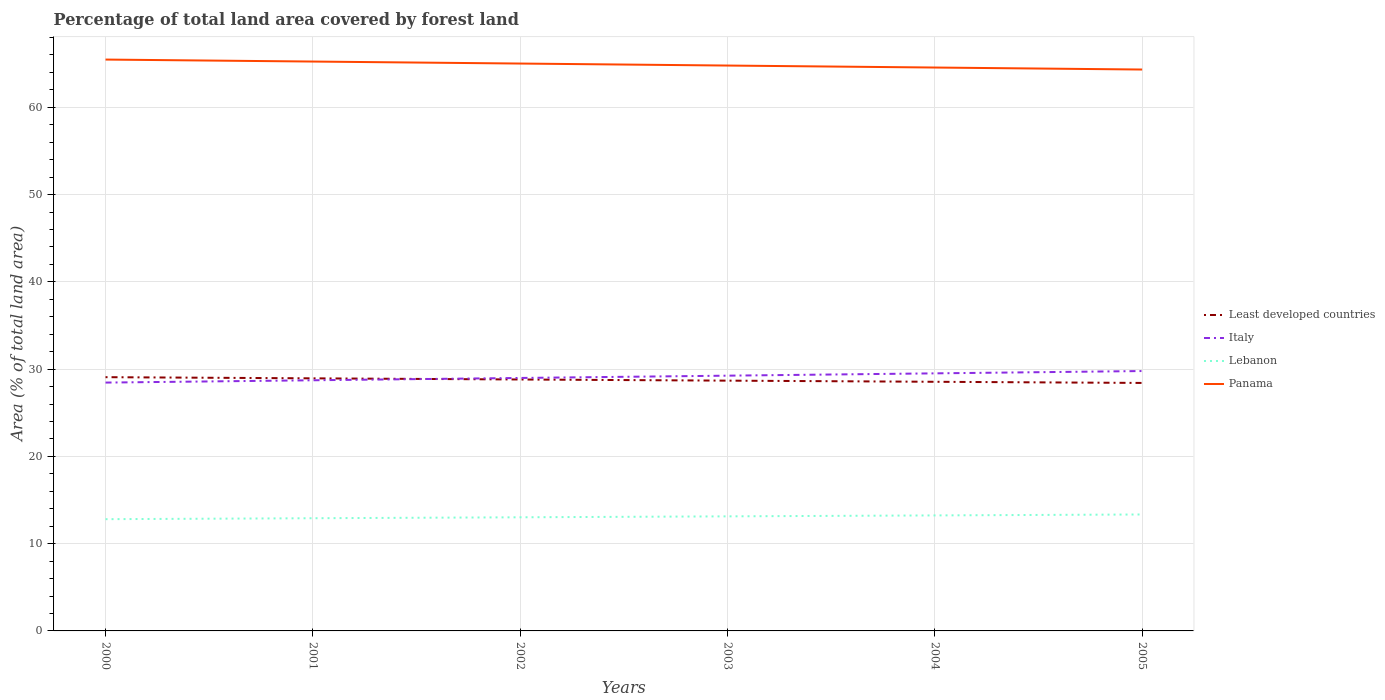
| Years | Least developed countries | Italy | Lebanon | Panama |
 | --- | --- | --- | --- | --- |
 | 2000 | 29.1 | 28.5 | 12.8 | 65.5 |
 | 2001 | 28.9 | 28.7 | 12.9 | 65.2 |
 | 2002 | 28.8 | 29 | 13 | 65 |
 | 2003 | 28.7 | 29.2 | 13.1 | 64.8 |
 | 2004 | 28.5 | 29.5 | 13.2 | 64.6 |
 | 2005 | 28.4 | 29.8 | 13.3 | 64.3 |